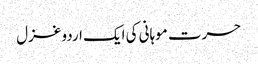
حسرت موہانی کی ایک اردو غزل